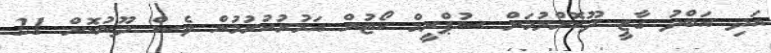
އަދި އަބްދު ގާޒީ ދޫކޮށްލުމަށް ސުޕްރީމް ކޯޓުން އަމުރުކުރުމުން ވެސް ދޫނުކޮށް 21